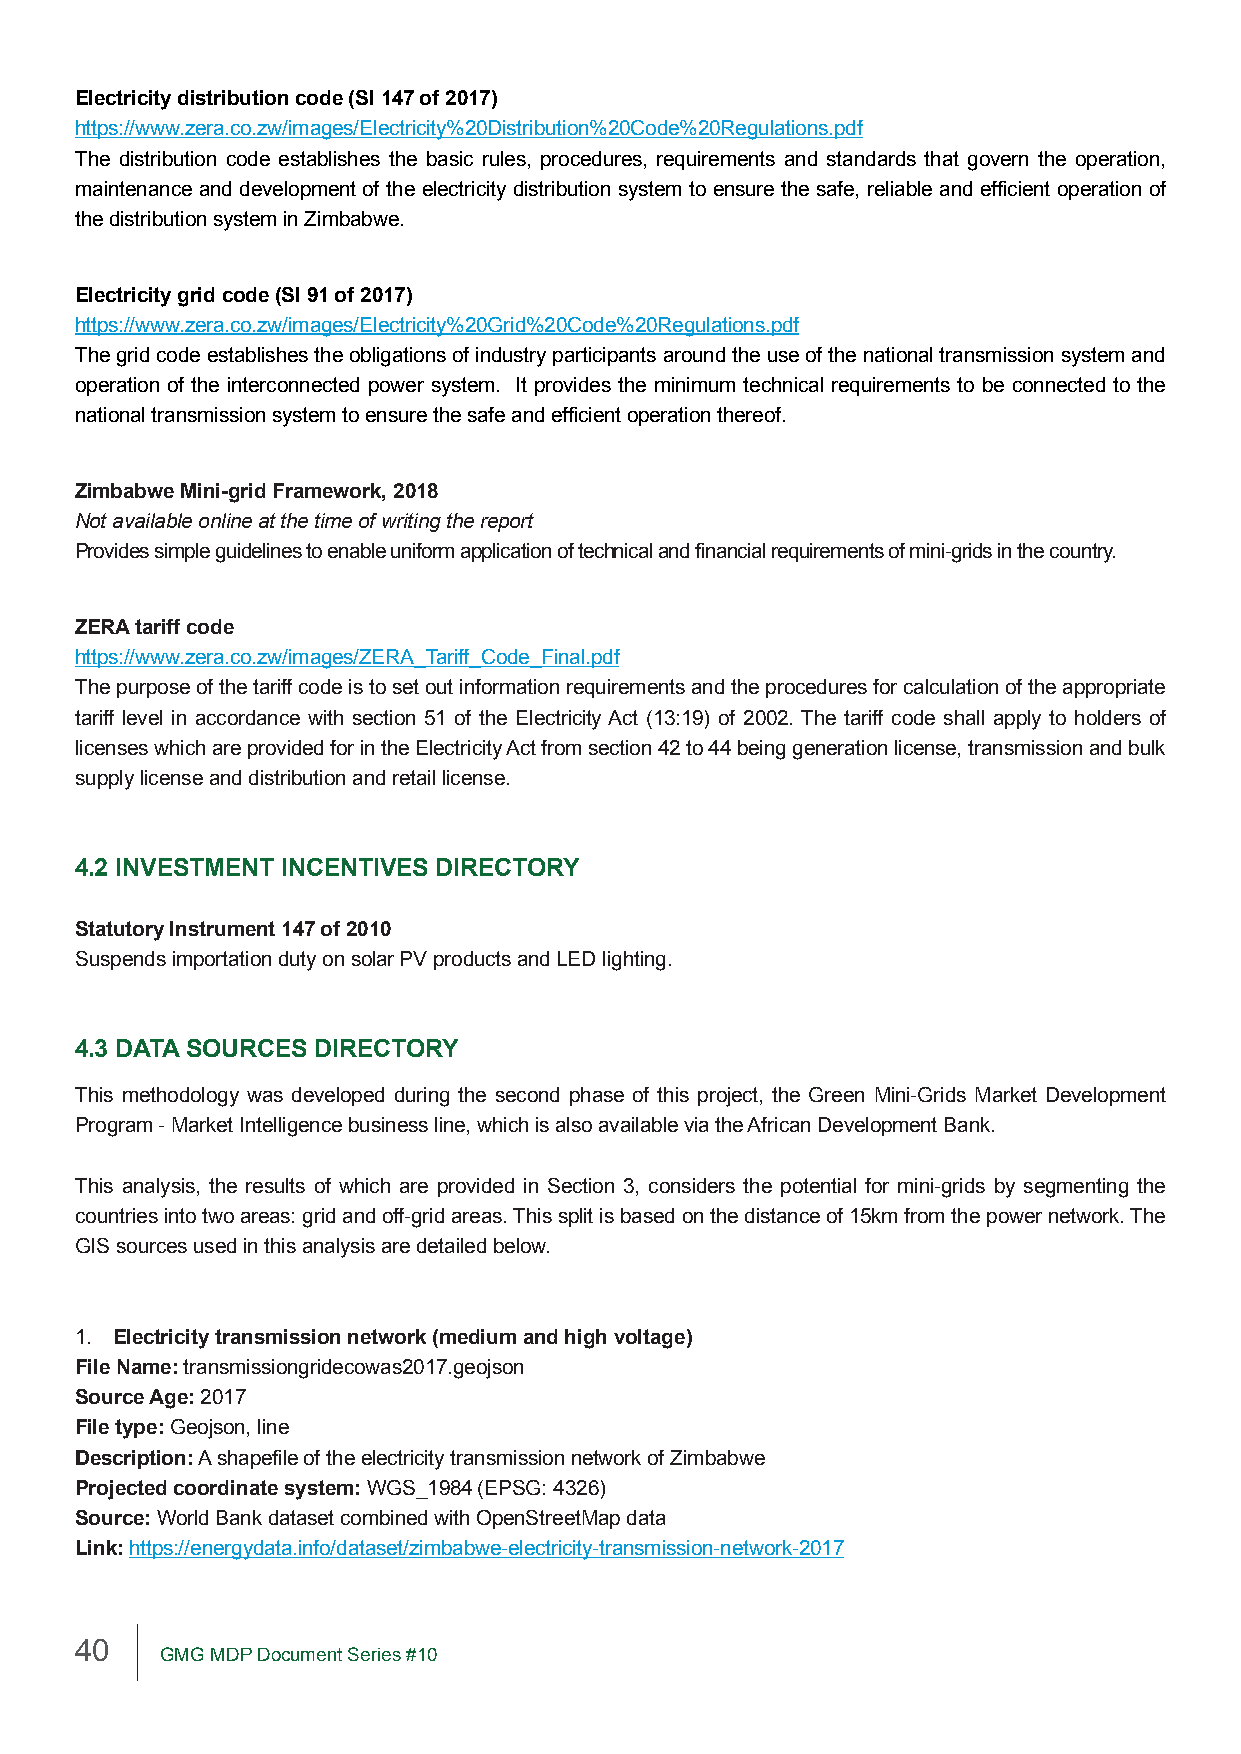
Electricity distribution code (SI 147 of 2017)
 https://www.zera.co.zw/images/Electricity%20Distribution%20Code%20Regulations.pdf
 The distribution code establishes the basic rules, procedures, requirements and standards that govern the operation,
 maintenance and development of the electricity distribution system to ensure the safe, reliable and efficient operation of
 the distribution system in Zimbabwe.
 Electricity grid code (SI 91 of 2017)
 https://www.zera.co.zw/images/Electricity%20Grid%20Code%20Regulations.pdf
 The grid code establishes the obligations of industry participants around the use of the national transmission system and
 operation of the interconnected power system. It provides the minimum technical requirements to be connected to the
 national transmission system to ensure the safe and efficient operation thereof.
 Zimbabwe Mini-grid Framework, 2018
 Not available online at the time of writing the report
 Provides simple guidelines to enable uniform application of technical and financial requirements of mini-grids in the country.
 ZERA tariff code
 https://www.zera.co.zw/images/ZERA_Tariff_Code_Final.pdf
 The purpose of the tariff code is to set out information requirements and the procedures for calculation of the appropriate
 tariff level in accordance with section 51 of the Electricity Act (13:19) of 2002. The tariff code shall apply to holders of
 licenses which are provided for in the Electricity Act from section 42 to 44 being generation license, transmission and bulk
 supply license and distribution and retail license.
 4.2 INVESTMENT INCENTIVES DIRECTORY
 Statutory Instrument 147 of 2010
 Suspends importation duty on solar PV products and LED lighting.
 4.3 DATA SOURCES DIRECTORY
 This methodology was developed during the second phase of this project, the Green Mini-Grids Market Development
 Program - Market Intelligence business line, which is also available via the African Development Bank.
 This analysis, the results of which are provided in Section 3, considers the potential for mini-grids by segmenting the
 countries into two areas: grid and off-grid areas. This split is based on the distance of 15km from the power network. The
 GIS sources used in this analysis are detailed below.
 1. Electricity transmission network (medium and high voltage)
 File Name: transmissiongridecowas2017.geojson
 Source Age: 2017
 File type: Geojson, line
 Description: A shapefile of the electricity transmission network of Zimbabwe
 Projected coordinate system: WGS_1984 (EPSG: 4326)
 Source: World Bank dataset combined with OpenStreetMap data
 Link: https://energydata.info/dataset/zimbabwe-electricity-transmission-network-2017
 40
 GMG MDP Document Series #10